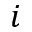
i